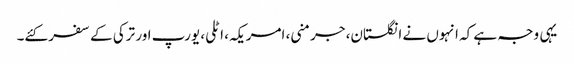
یہی وجہ ہے کہ انہوں نے انگلستان، جرمنی، امریکہ، اٹلی، یورپ اور ترکی کے سفر کئے۔